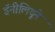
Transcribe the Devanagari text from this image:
डॅनीलिदूने